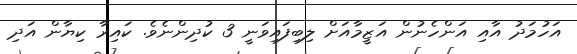
އަހުމަދު އާއި އަންހެނުން އަޒީމާއަށް ލިބިފައިވަނީ 3 ކުދިންނެވެ. ކައިރާ ކިޔާން އަދި